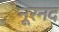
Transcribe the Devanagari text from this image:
नूरनद